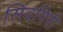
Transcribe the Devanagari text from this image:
सिवगिरी